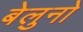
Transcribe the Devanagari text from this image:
बेलुनो